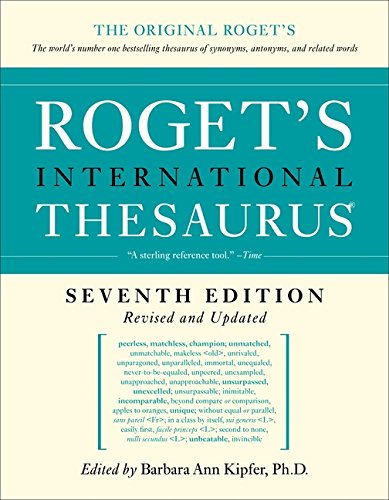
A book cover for Roget's International Thesaurus, 7th Edition; Barbara Ann Kipfer; Reference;